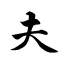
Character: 夫